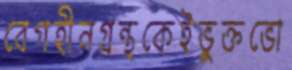
বেগহীনগ্রন্থকেইভুক্তভো